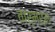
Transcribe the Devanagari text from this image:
वार्मर्स